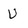
Character: U